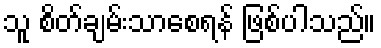
သူ စိတ်ချမ်းသာစေရန် ဖြစ်ပါသည်။